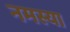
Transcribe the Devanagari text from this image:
नमस्या